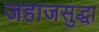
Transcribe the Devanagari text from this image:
जहाजसुद्धा